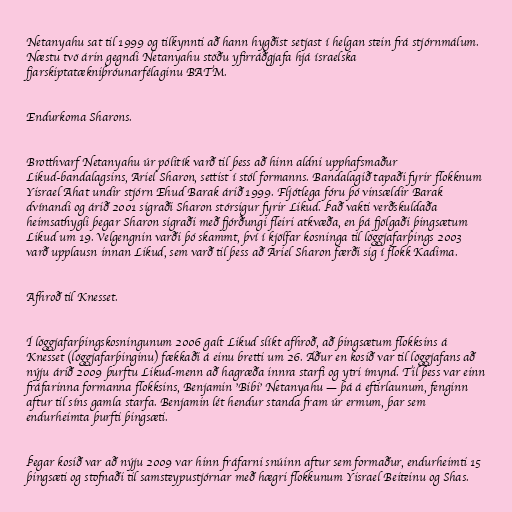
Netanyahu sat til 1999 og tilkynnti að hann hygðist setjast í helgan stein frá stjórnmálum.
Næstu tvö árin gegndi Netanyahu stöðu yfirráðgjafa hjá ísraelska
fjarskiptatækniþróunarfélaginu BATM.

Endurkoma Sharons.

Brotthvarf Netanyahu úr pólitík varð til þess að hinn aldni upphafsmaður
Likud-bandalagsins, Ariel Sharon, settist í stól formanns. Bandalagið tapaði fyrir flokknum
Yisrael Ahat undir stjórn Ehud Barak árið 1999. Fljótlega fóru þó vinsældir Barak
dvínandi og árið 2001 sigraði Sharon stórsigur fyrir Likud. Það vakti verðskuldaða
heimsathygli þegar Sharon sigraði með fjórðungi fleiri atkvæða, en þá fjölgaði þingsætum
Likud um 19. Velgengnin varði þó skammt, því í kjölfar kosninga til löggjafarþings 2003
varð upplausn innan Likud, sem varð til þess að Ariel Sharon færði sig í flokk Kadima.

Afhroð til Knesset.

Í löggjafarþingskosningunum 2006 galt Likud slíkt afhroð, að þingsætum flokksins á
Knesset (löggjafarþinginu) fækkaði á einu bretti um 26. Áður en kosið var til löggjafans að
nýju árið 2009 þurftu Likud-menn að hagræða innra starfi og ytri ímynd. Til þess var einn
fráfarinna formanna flokksins, Benjamin 'Bibi' Netanyahu — þá á eftirlaunum, fenginn
aftur til síns gamla starfa. Benjamin lét hendur standa fram úr ermum, þar sem
endurheimta þurfti þingsæti.

Þegar kosið var að nýju 2009 var hinn fráfarni snúinn aftur sem formaður, endurheimti 15
þingsæti og stofnaði til samsteypustjórnar með hægri flokkunum Yisrael Beiteinu og Shas.